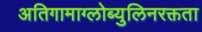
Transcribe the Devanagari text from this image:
अतिगामाग्लोब्युलिनरक्तता